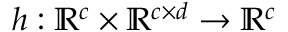
h : \mathbb { R } ^ { c } \times \mathbb { R } ^ { c \times d } \rightarrow \mathbb { R } ^ { c }